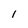
Character: l